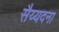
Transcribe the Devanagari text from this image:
सैय्यदना